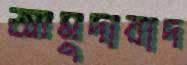
আমুদাবাদ